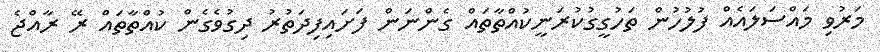
މަރުވި މައްސަލައެއް ފުލުހުން ތަހުގީގުކުރަނީކުއްތާތައް ގެންނަން ފަށައިފިދަތުރު ދިގުވެގެން ކުއްތާތައް ރޭ ރާއްޖެ